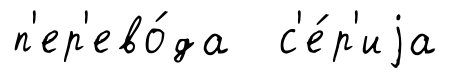
п'ер'ево́да с'е́р'иjа